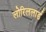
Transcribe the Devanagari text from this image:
लोरिललार्ड